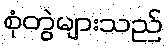
စုံတွဲများသည်